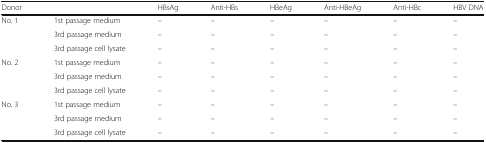
| Donor |  | HBsAg | Anti-HBs | HBeAg | Anti-HBeAg | Anti-HBc | HBV DNA |
 | --- | --- | --- | --- | --- | --- | --- | --- |
 | <ROWSPAN=3> No. 1 | 1st passage medium | – | – | – | – | – | – |
 | 3rd passage medium | – | – | – | – | – | – |
 | 3rd passage cell lysate | – | – | – | – | – | – |
 | <ROWSPAN=3> No. 2 | 1st passage medium | – | – | – | – | – | – |
 | 3rd passage medium | – | – | – | – | – | – |
 | 3rd passage cell lysate | – | – | – | – | – | – |
 | <ROWSPAN=3> No. 3 | 1st passage medium | – | – | – | – | – | – |
 | 3rd passage medium | – | – | – | – | – | – |
 | 3rd passage cell lysate | – | – | – | – | – | – |